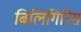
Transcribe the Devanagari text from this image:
बिलिगिरिस